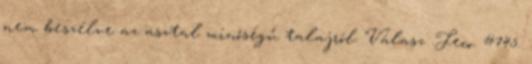
nem beszélve az asztal minőségű talajról. Válasz .Feco. #745.